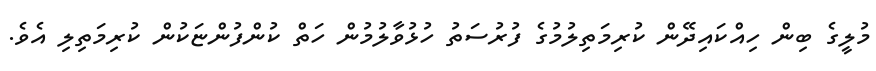
މުލީގެ ބިން ހިއްކައިދޭން ކުރިމަތިލުމުގެ ފުރުސަތު ހުޅުވާލުމުން ހަތް ކުންފުންޏަކުން ކުރިމަތިލި އެވެ.